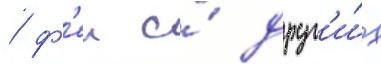
/ ф'еи и́ друг'и́х